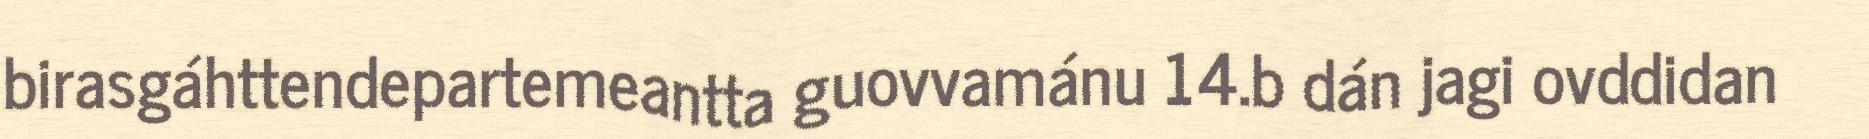
birasgáhttendepartemeantta guovvamánu 14.b dán jagi ovddidan